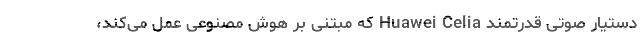
دستیار صوتی قدرتمند Huawei Celia که مبتنی بر هوش مصنوعی عمل می‌کند،